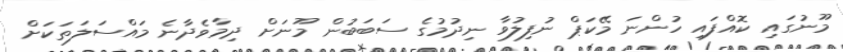
މޫނުގައި ކޮއްފައި ހުންނަ މޭކަޕް ނުފިލުވާ ނިދުމުގެ ސަބަބުން މޫނަށް ދިމާވެދާނެ މަައްސަލަތަކަށް